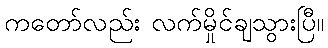
ကတော်လည်း လက်မှိုင်ချသွားပြီ။